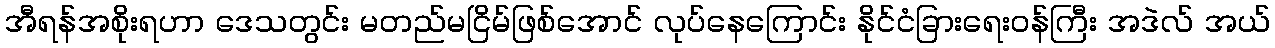
အီရန်အစိုးရဟာ ဒေသတွင်း မတည်မငြိမ်ဖြစ်အောင် လုပ်နေကြောင်း နိုင်ငံခြားရေးဝန်ကြီး အဒဲလ် အယ်